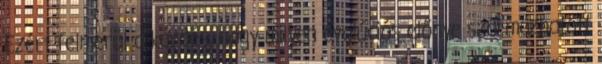
Ezért felmerül a kérdés, hogy milyen evolúciós előnye származhatott